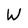
Character: W